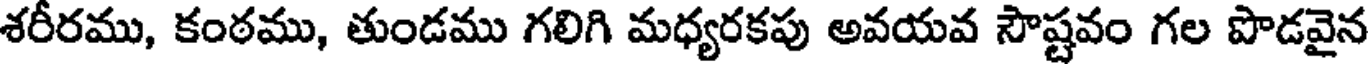
శరీరము, కంఠము, తుండము గలిగి మధ్యరకపు అవయవ సౌష్టవం గల పొడవైన